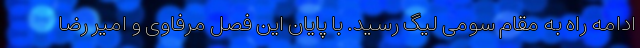
ادامه راه به مقام سومی لیگ رسید. با پایان این فصل مرفاوی و امیر رضا